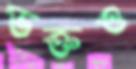
ভক্তও